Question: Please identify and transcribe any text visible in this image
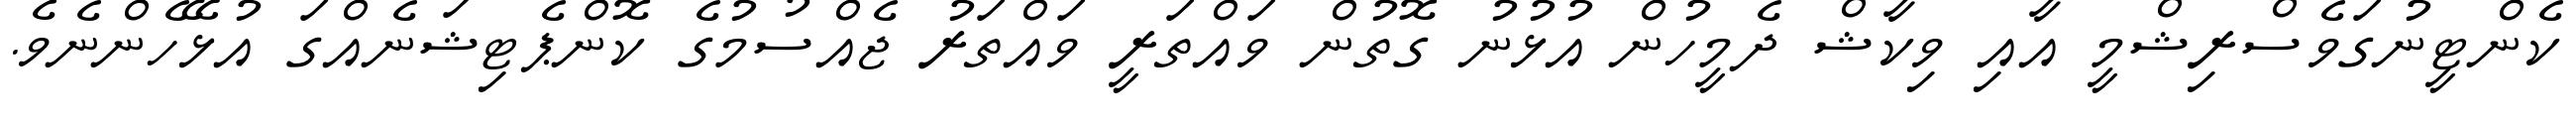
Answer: ކެންޓީނުގަވެސްރިޝްމީ އާއި ވިކާޝް ދެމީހުން އުޅުނު ގޮތުން ވައްތަރީ ވައްތަރު ޖެއްސުމުގެ ކޮންޕެޓިޝަނެއްގަ އުޅޭހެންނެވެ.